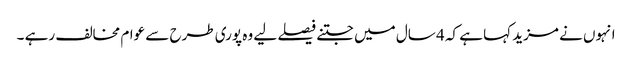
انہوں نے مزید کہا ہے کہ 4 سال میں جتنے فیصلے لیے وہ پوری طرح سے عوام مخالف رہے ۔